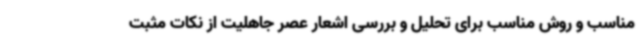
مناسب و روش مناسب برای تحلیل و بررسی اشعار عصر جاهلیت از نکات مثبت